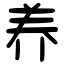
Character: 养